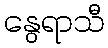
နွေရာသီ